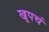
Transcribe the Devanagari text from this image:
खूपचं